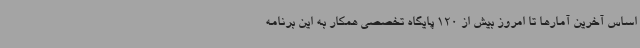
اساس آخرین آمارها تا امروز بیش از 120 پایگاه تخصصی همکار به این برنامه